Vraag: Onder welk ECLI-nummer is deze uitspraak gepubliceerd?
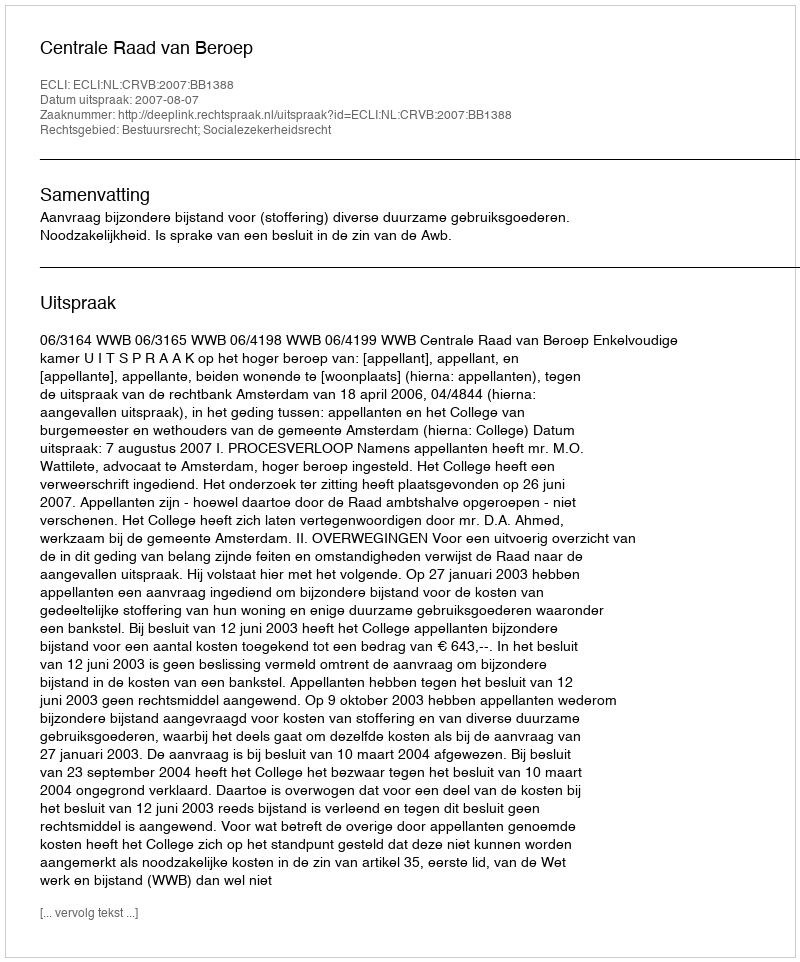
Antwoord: ECLI:NL:CRVB:2007:BB1388